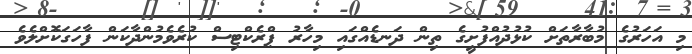
މި އަހަރުގެ މުބާރާތަށް ކުޅުދުއްފުށީގެ ތިން ދަނޑެއްގައި މިހާރު ޕްރެކްޓިސް ކުރެވެމުންދާކަން ފާހަގަކޮށްލެވެ